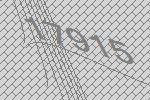
17915